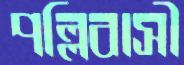
পল্লিবাসী